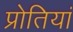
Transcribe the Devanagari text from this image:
प्रोतियां